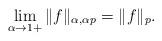
LaTeX: \begin{align*}\lim_{\alpha\to 1+}\|f\|_{\alpha, \alpha p}=\|f\|_{p}.\end{align*}